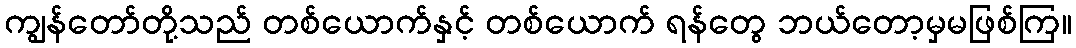
ကျွန်တော်တို့သည် တစ်ယောက်နှင့် တစ်ယောက် ရန်တွေ ဘယ်တော့မှမဖြစ်ကြ။